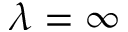
\lambda = \infty